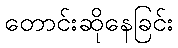
တောင်းဆိုနေခြင်း